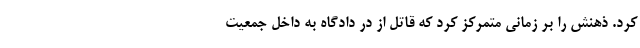
کرد. ذهنش را بر زمانی متمرکز کرد که قاتل از در دادگاه به داخل جمعیت